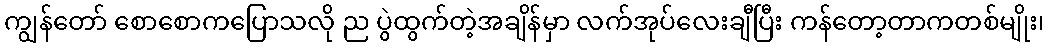
ကျွန်တော် စောစောကပြောသလို ည ပွဲထွက်တဲ့အချိန်မှာ လက်အုပ်လေးချီပြီး ကန်တော့တာကတစ်မျိုး၊